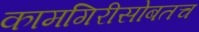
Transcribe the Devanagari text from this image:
कामगिरीसोबतच